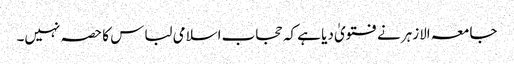
جامعہ الازہر نے فتویٰ دیا ہے کہ حجاب اسلامی لباس کا حصہ نہیں۔